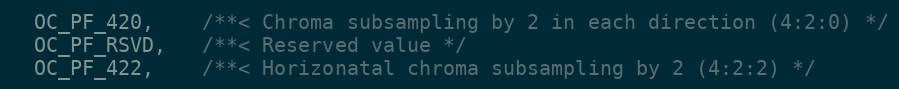
Language: C
  OC_PF_420,    /**< Chroma subsampling by 2 in each direction (4:2:0) */
  OC_PF_RSVD,   /**< Reserved value */
  OC_PF_422,    /**< Horizonatal chroma subsampling by 2 (4:2:2) */